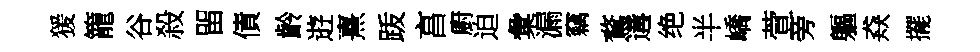
猨籠谷殺㽞債齡逰熹䟦亯廚迫彙漏竊鶩遘绝半嶠萱旁軀猋擺